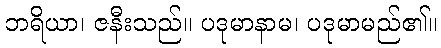
ဘရိယာ၊ ဇနီးသည်။ ပဒုမာနာမ၊ ပဒုမာမည်၏။